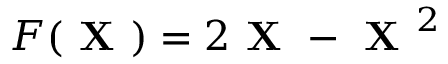
F ( \boldsymbol { \textbf { X } } ) = 2 \boldsymbol { \textbf { X } } - \boldsymbol { \textbf { X } } ^ { 2 }